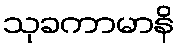
သုခကာမာနိ